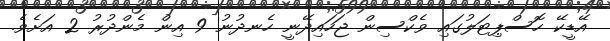
އޭޑީކޭ ހޮސްޕިޓަލުގައި ވެކްސިން ޖަހައިދޭނީ ހެނދުނު 9 އިން މެންދުރު 2 އަށެވެ.